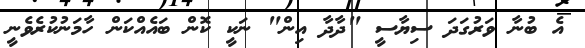
އެ ބުނާ ވަރުގަދަ ސިޔާސީ "ދާދާ އިން" ނަކީ ކޮން ބައެއްކަން ހާމަނުކުރެވެނީ